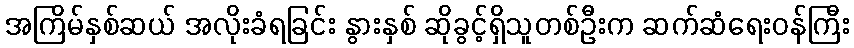
အကြိမ်နှစ်ဆယ် အလိုးခံရခြင်း နွားနှစ် ဆိုခွင့်ရှိသူတစ်ဦးက ဆက်ဆံရေးဝန်ကြီး